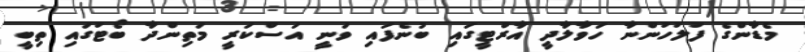
މެޑާންގެ ފުލުހުންނާ ހަވާލާދީ އާރްޓީގައި ބުނެފައި ވަނީ އަސްކަރީ މަތިންދާ ބޯޓުގައި ތިބީ